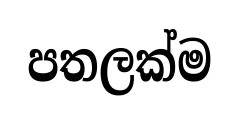
පතලක්ම